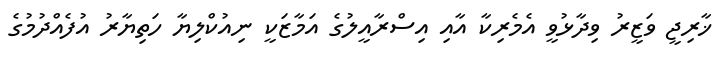
ޚާރިޖީ ވަޒީރު ވިދާޅުވީ އެމެރިކާ އާއި އިސްރާއީލުގެ އަމާޒަކީ ނިއުކްލިޔާ ހަތިޔާރު އުފެއްދުމުގެ